Report of the Municipal Commissioner on the plague in Bombay for the year ending 31st May... - Volume 3
Disease focus: Plague
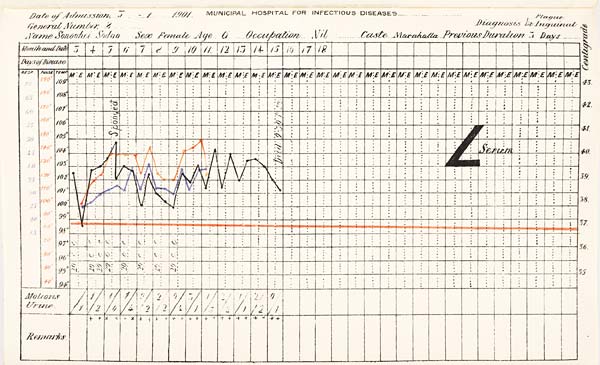
Date
of
Admission
1901
MUNICIPAL
HOSPITAL
FOR
INFECTIOUS
DISEASES.
General
Number
Diagnosis
Name
Sex
Age
Occupation
Caste
Previous
Duration